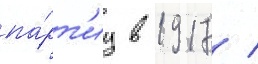
па́рт'иу в 1917 /